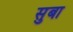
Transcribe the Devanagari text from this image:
सुबा